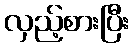
လှည့်စားပြီး